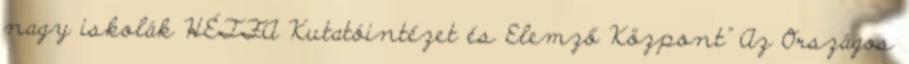
nagy iskolák HÉTFA Kutatóintézet és Elemző Központ" Az Országos